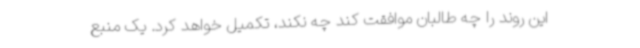
این روند را چه طالبان موافقت کند چه نکند، تکمیل خواهد کرد. یک منبع